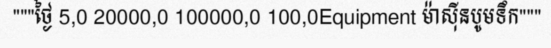
"""ថ្ងៃ 5,0 20000,0 100000,0 100,0Equipment ម៉ាស៊ីនបូមទឹក"""